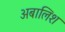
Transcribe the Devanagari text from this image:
अबालिश